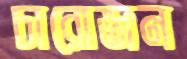
চারোজন